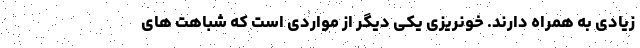
زیادی به همراه دارند. خونریزی یکی دیگر از مواردی است که شباهت های